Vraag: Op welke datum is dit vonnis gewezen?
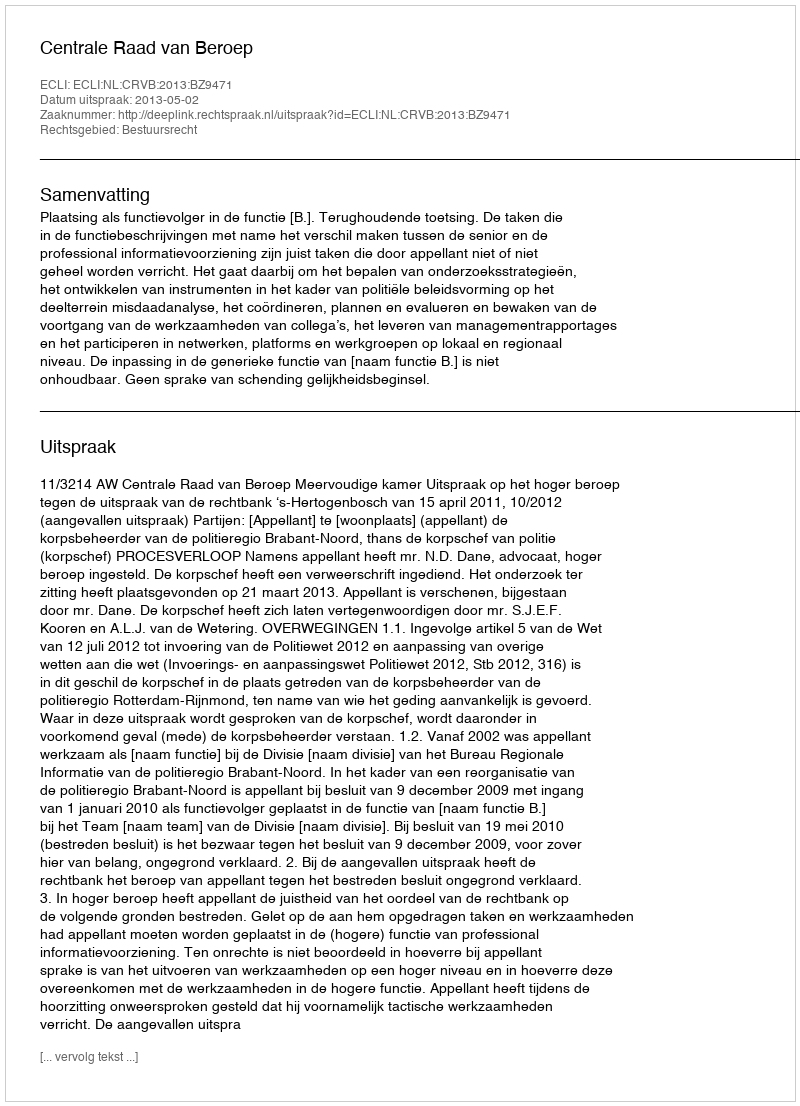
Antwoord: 2013-05-02